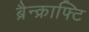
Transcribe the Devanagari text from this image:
ब्रैन्क्राफ्टि